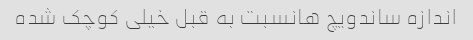
اندازه ساندویچ هانسبت به قبل خیلی کوچک شده